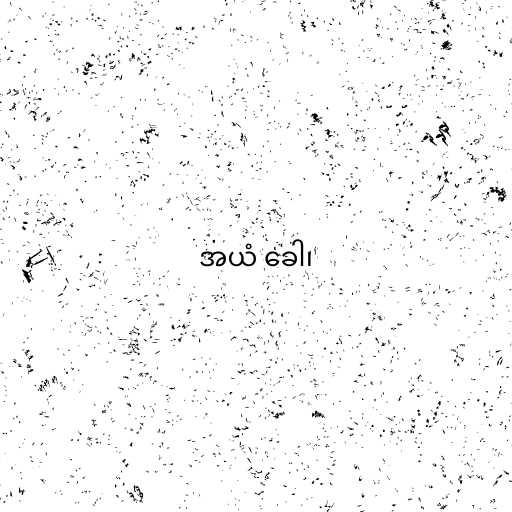
အယံ ခေါ၊